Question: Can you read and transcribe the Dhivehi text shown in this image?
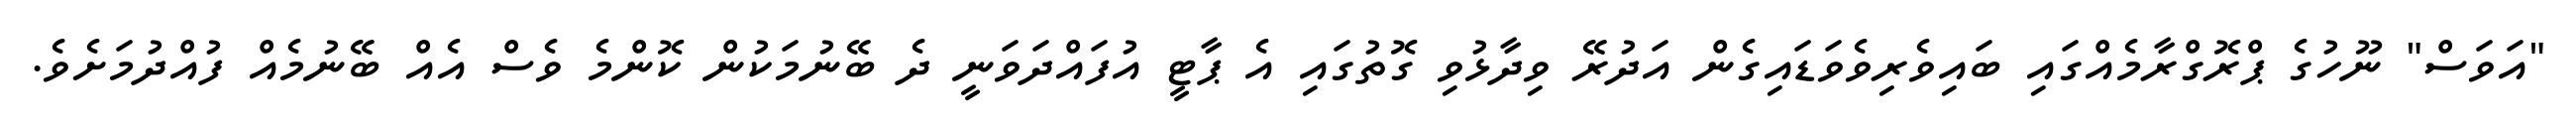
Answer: "އަވަސް" ނޫހުގެ ޕްރޮގްރާމެއްގައި ބައިވެރިވެވަޑައިގެން އަދުރޭ ވިދާޅުވި ގޮތުގައި އެ ޕާޓީ އުފައްދަވަނީ ދެ ބޭނުމަކުން ކޮންމެ ވެސް އެއް ބޭނުމެއް ފުއްދުމަށެވެ.